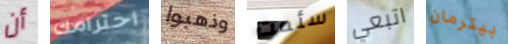
أن احترامك وذهبوا سئمت اتبعي بيترمان